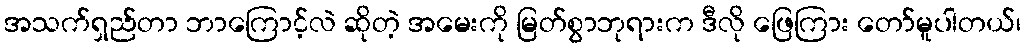
အသက်ရှည်တာ ဘာကြောင့်လဲ ဆိုတဲ့ အမေးကို မြတ်စွာဘုရားက ဒီလို ဖြေကြား တော်မူပါတယ်၊